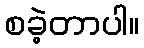
စခဲ့တာပါ။